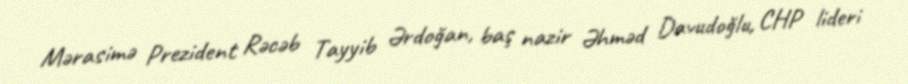
Mərasimə Prezident Rəcəb Tayyib Ərdoğan, baş nazir Əhməd Davudoğlu, CHP lideri